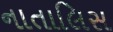
નાતાલિસ